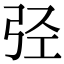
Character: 弪